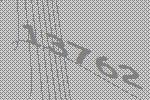
13762